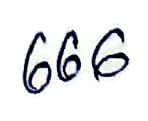
666